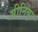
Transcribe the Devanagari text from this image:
सीनिया